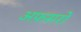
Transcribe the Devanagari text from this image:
अफ़सरो